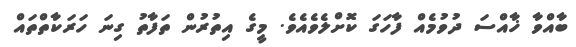
ބާއްވާ ޚާއްސަ ދުވުމެއް ފާހަގަ ކޮށްލެވެއެވެ. މީގެ އިތުރުން ތަފާތު ގިނަ ހަރަކާތްތައް